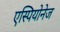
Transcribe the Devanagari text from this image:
एस्पियोनेज